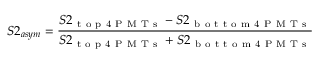
S 2 _ { a s y m } = \frac { S 2 _ { \mathrm { ~ t ~ o ~ p ~ 4 ~ P ~ M ~ T ~ s ~ } } - S 2 _ { \mathrm { ~ b ~ o ~ t ~ t ~ o ~ m ~ 4 ~ P ~ M ~ T ~ s ~ } } } { S 2 _ { \mathrm { ~ t ~ o ~ p ~ 4 ~ P ~ M ~ T ~ s ~ } } + S 2 _ { \mathrm { ~ b ~ o ~ t ~ t ~ o ~ m ~ 4 ~ P ~ M ~ T ~ s ~ } } }